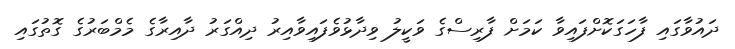
ދައުވާގައި ފާހަގަކޮށްފައިވާ ކަމަށް ފާރިސްގެ ވަކީލު ވިދާޅުވެފައިވާއިރު ދިއްގަރު ދާއިރާގެ މެމްބަރުގެ ގޮތުގައި